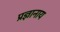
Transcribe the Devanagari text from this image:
प्रज्ञानाय